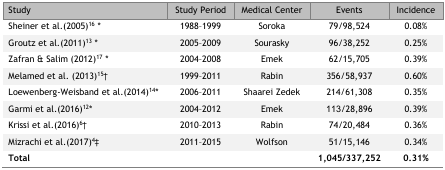
<table><thead><tr><td><b>Study</b></td><td><b>Study Period</b></td><td><b>Medical Center</b></td><td><b>Events</b></td><td><b>Incidence</b></td></tr></thead><tbody><tr><td>Sheiner et al.(2005)16*</td><td>1988–1999</td><td>Soroka</td><td>79/98,524</td><td>0.08%</td></tr><tr><td>Groutz et al.(2011)13*</td><td>2005–2009</td><td>Sourasky</td><td>96/38,252</td><td>0.25%</td></tr><tr><td>Zafran &amp; Salim (2012)17*</td><td>2004–2008</td><td>Emek</td><td>62/15,705</td><td>0.39%</td></tr><tr><td>Melamed et al. (2013)15†</td><td>1999–2011</td><td>Rabin</td><td>356/58,937</td><td>0.60%</td></tr><tr><td>Loewenberg-Weisband et al.(2014)14*</td><td>2006–2011</td><td>Shaarei Zedek</td><td>214/61,308</td><td>0.35%</td></tr><tr><td>Garmi et al.(2016)12*</td><td>2004–2012</td><td>Emek</td><td>111/28,896</td><td>0.39%</td></tr><tr><td>Krissi et al.(2016)6†</td><td>2010–2013</td><td>Rabin</td><td>74/20,484</td><td>0.36%</td></tr><tr><td>Mizrachi et al.(2017)4‡</td><td>2011–2015</td><td>Wolfson</td><td>51/15,146</td><td>0.34%</td></tr><tr><td><b>Total</b></td><td></td><td></td><td><b>1,045/337,252</b></td><td><b>0.31%</b></td></tr></tbody></table>